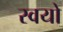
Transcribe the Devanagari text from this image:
स्वयो